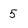
Character: 5